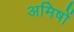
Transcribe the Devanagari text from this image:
अमिषों